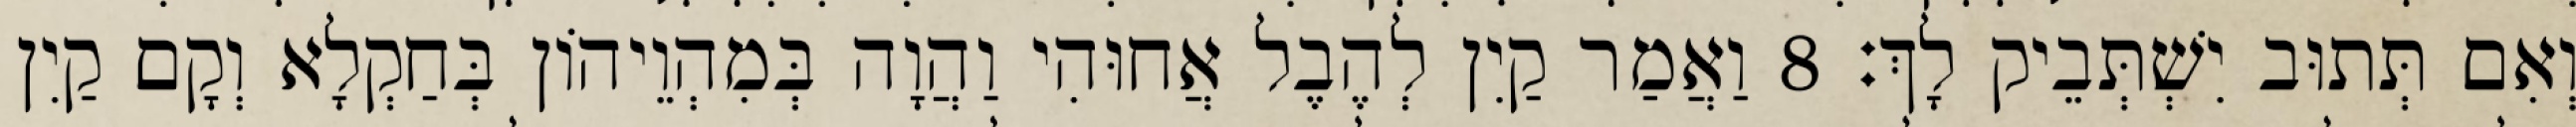
וְאִם תְּתוּב יִשְׁתְּבֵיק לָךְ׃ 8 וַאֲמַר קַיִן לְהֶבֶל אֲחוּהִי וַהֲוָה בְּמִהְוֵיהוֹן בְּחַקְלָא וְקָם קַיִן